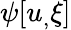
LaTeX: \psi[u_{,}\xi]